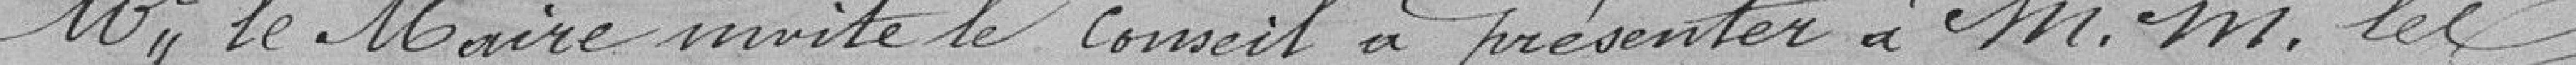
Monsieur Le Maire invite le conseil à présenter à Messieurs les